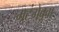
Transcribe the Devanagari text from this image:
मटंगेबुवा